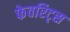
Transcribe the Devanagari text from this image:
फेवरिट्स